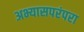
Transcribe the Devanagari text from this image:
अभ्यासपरंपरा